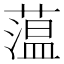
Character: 蕰